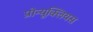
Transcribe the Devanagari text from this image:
प्रोन्यूक्लियस